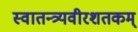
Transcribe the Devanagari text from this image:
स्वातन्त्र्यवीरशतकम्